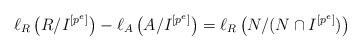
LaTeX: \begin{align*} \ell_{R}\left(R/{I^{[p^{e}]}}\right)-\ell_{A}\left(A/{I^{[p^{e}]}}\right)=\ell_{R}\left(N/(N \cap I^{[p^{e}]})\right)\end{align*}